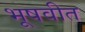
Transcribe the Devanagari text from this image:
भूषवीत